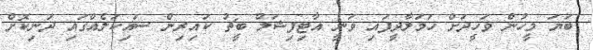
ބަޔަ މީހުން ވަހީދަށް ހަމަލާދީފައި ވަނީ އާޓިފިޝަލް ބީޗު ކައިރިން ސައިކަލެއްގައި ދަނިކޮށް